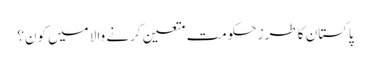
پاکستان کا طرز حکومت متعین کرنے والا میں کون؟